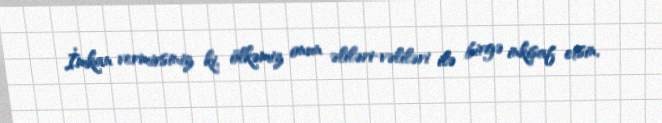
İmkan vermirsiniz ki, ölkəmiz onun əliləri-vəliləri ilə birgə inkişaf etsin,